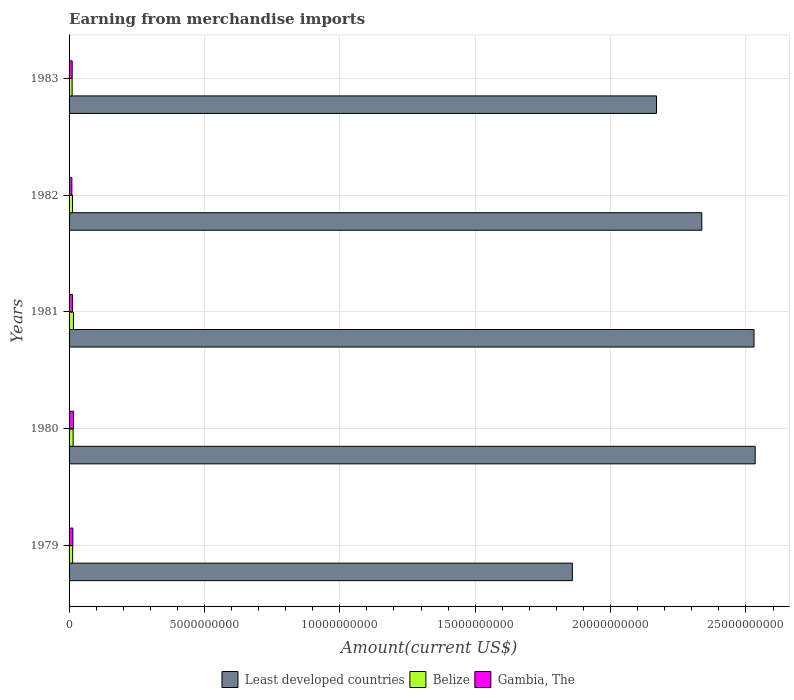
| Years | Least developed countries | Belize | Gambia, The |
 | --- | --- | --- | --- |
 | 1979 | 1.86e+10 | 1.32e+08 | 1.41e+08 |
 | 1980 | 2.53e+10 | 1.5e+08 | 1.65e+08 |
 | 1981 | 2.53e+10 | 1.62e+08 | 1.26e+08 |
 | 1982 | 2.34e+10 | 1.28e+08 | 1.03e+08 |
 | 1983 | 2.17e+10 | 1.12e+08 | 1.15e+08 |